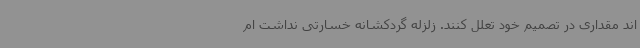
اند مقداری در تصمیم خود تعلل کنند. زلزله گردکشانه خسارتی نداشت ام